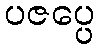
ပဇပ္ပေ